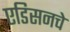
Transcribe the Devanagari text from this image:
एडिसनचे